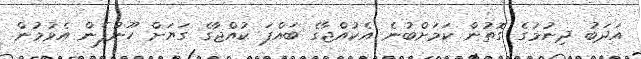
އަދަބު ދިނުމުގެ ގޮތުން ކަމަށްބުނެ އެކުއްޖާގެ ބައްޕަ ކުއްޖާގެ ގަޔަށް ހޫނުފެން އެޅުމުން